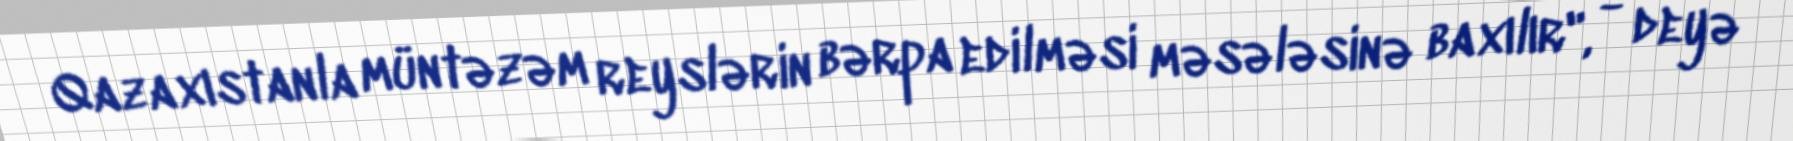
Qazaxıstanla müntəzəm reyslərin bərpa edilməsi məsələsinə baxılır", - deyə